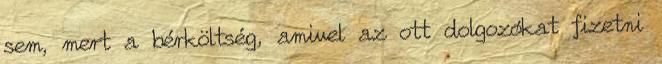
sem, mert a bérköltség, amivel az ott dolgozókat fizetni